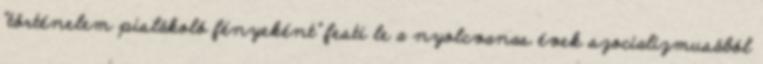
“történelem pislákoló fényeként” festi le a nyolcvanas évek szocializmusából